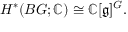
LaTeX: H ^ { * } ( B G ; \mathbb { C } ) \cong \mathbb { C } [ { \mathfrak { g } } ] ^ { G } .